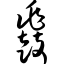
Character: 鼗